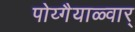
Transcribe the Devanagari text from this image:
पोय्गैयाळ्वार्